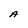
Character: A